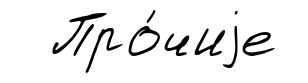
Про́чиjе